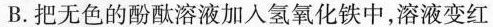
B.把无色的酚酞溶液加入氢氧化铁中，溶液变红